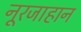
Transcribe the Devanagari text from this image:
नूरजाहान